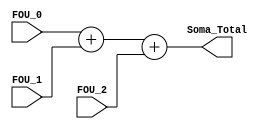
module soma_total(FOU_0, FOU_1, FOU_2, Soma_Total);

input [8:0] FOU_0, FOU_1, FOU_2;

output [10:0] Soma_Total;					//quantidade de bits alterada dia 19/11

assign Soma_Total = FOU_0[8:0] + FOU_1[8:0] + FOU_2[8:0];

endmodule